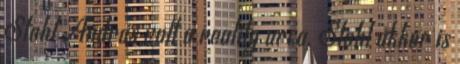
Stohl András volt a reality arca. Stohl akkor is